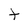
Character: t